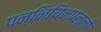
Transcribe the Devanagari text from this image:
पन्नियिनपल्ली